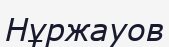
Нұржауов